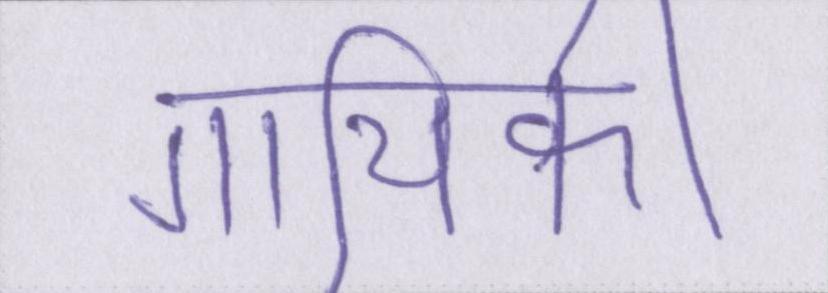
गायिकी